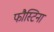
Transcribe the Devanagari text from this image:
फौस्टिना